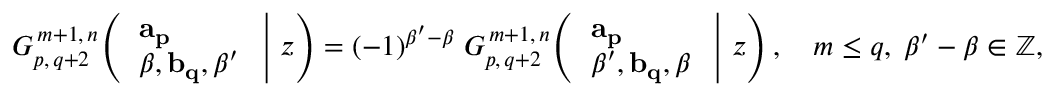
G _ { p , \, q + 2 } ^ { \, m + 1 , \, n } \! \left( \left. { \begin{array} { l } { \mathbf { a _ { p } } } \\ { \beta , \mathbf { b _ { q } } , \beta ^ { \prime } } \end{array} } \; \right| \, z \right) = ( - 1 ) ^ { \beta ^ { \prime } - \beta } \; G _ { p , \, q + 2 } ^ { \, m + 1 , \, n } \! \left( \left. { \begin{array} { l } { \mathbf { a _ { p } } } \\ { \beta ^ { \prime } , \mathbf { b _ { q } } , \beta } \end{array} } \; \right| \, z \right) , \quad m \leq q , \; \beta ^ { \prime } - \beta \in \mathbb { Z } ,